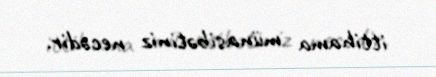
ittihama münasibətiniz necədir.